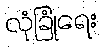
လုံခြုံရေး